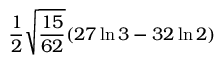
\frac { 1 } { 2 } \sqrt { \frac { 1 5 } { 6 2 } } ( 2 7 \ln 3 - 3 2 \ln 2 )